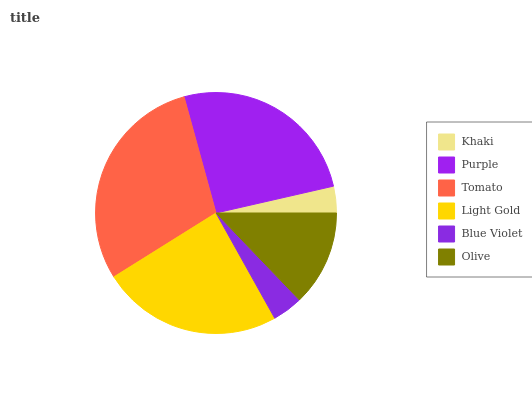
| Khaki | Purple | Tomato | Light Gold | Blue Violet | Olive |
 | --- | --- | --- | --- | --- | --- |
 | 3.57% | 25.7% | 29.6% | 24.2% | 4.06% | 12.8% |